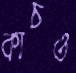
কাচও